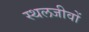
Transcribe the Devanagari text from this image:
स्थलजीवों